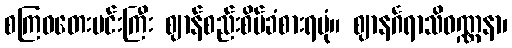
စကြဝတေးမင်းကြီး ဈာန်စည်းစိမ်ခံစားရပုံ။ ဈာနင်္ဂရာသိဝဏ္ဏနာ၊